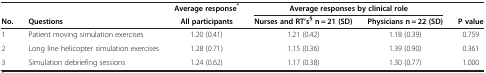
<table><thead><tr><td><b> </b></td><td><b> </b></td><td><b>Average response<sup>*</sup></b></td><td colspan="2"><b>Average responses by clinical role</b></td><td><b> </b></td></tr><tr><td><b>No.</b></td><td><b>Questions</b></td><td><b>All participants</b></td><td><b>Nurses and RT’s<sup>§</sup>n = 21 (SD)</b></td><td><b>Physicians n = 22 (SD)</b></td><td><b>P value</b></td></tr></thead><tbody><tr><td>1</td><td>Patient moving simulation exercises</td><td>1.20 (0.41)</td><td>1.21 (0.42)</td><td>1.18 (0.39)</td><td>0.759</td></tr><tr><td>2</td><td>Long line helicopter simulation exercises</td><td>1.28 (0.71)</td><td>1.15 (0.36)</td><td>1.39 (0.90)</td><td>0.361</td></tr><tr><td>3</td><td>Simulation debriefing sessions</td><td>1.24 (0.62)</td><td>1.17 (0.38)</td><td>1.30 (0.77)</td><td>1.000</td></tr></tbody></table>